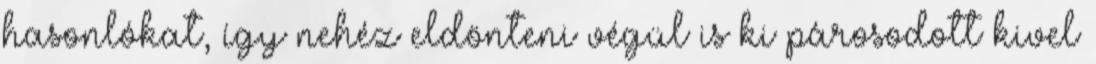
hasonlókat, így nehéz eldönteni végül is ki párosodott kivel